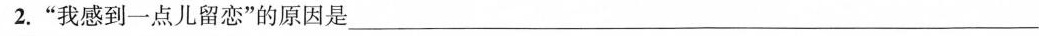
2.”我感到一点儿留恋”的原因是___